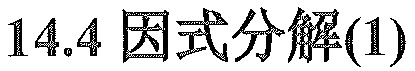
\(14.4\) 因式分解\((1)\)